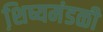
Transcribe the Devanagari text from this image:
शि़ष्यमंडळी